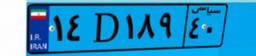
۱۴D۱۸۹۴۰